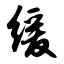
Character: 缓